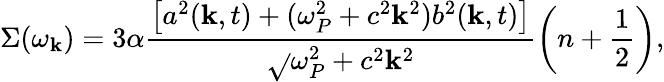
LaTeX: \Sigma(\omega_{\mathbf{k}})={3}\alpha\frac{{\left[a^{2}(\mathbf{k},t)+(\omega_{P}^{2}+c^{2}\mathbf{k}^{2})b^{2}(\mathbf{k},t)\right]}}{{\sqrt{}{{\omega_{P}^{2}+c^{2}\mathbf{k}^{2}}}}}\left(n+\frac{{1}}{{2}}\right),